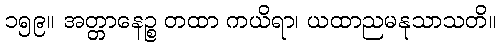
၁၅၉။ အတ္တာနေဉ္စ တထာ ကယိရာ၊ ယထာညမနုသာသတိ။